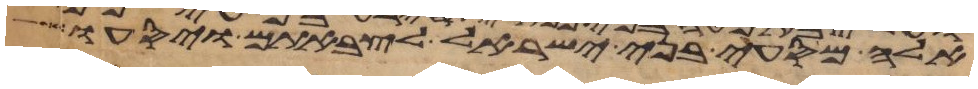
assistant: אלה מסעי בני ישראל לצבאתם ויסעו